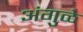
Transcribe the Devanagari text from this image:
अंगुळे